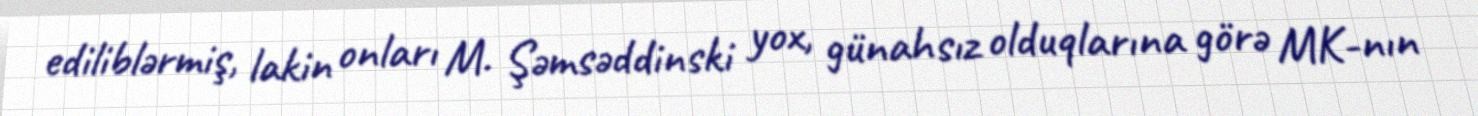
ediliblərmiş, lakin onları M. Şəmsəddinski yox, günahsız olduqlarına görə MK-nın